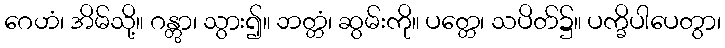
ဂေဟံ၊ အိမ်သို့။ ဂန္တွာ၊ သွား၍။ ဘတ္တံ၊ ဆွမ်းကို။ ပတ္တေ၊ သပိတ်၌။ ပက္ခိပါပေတွာ၊